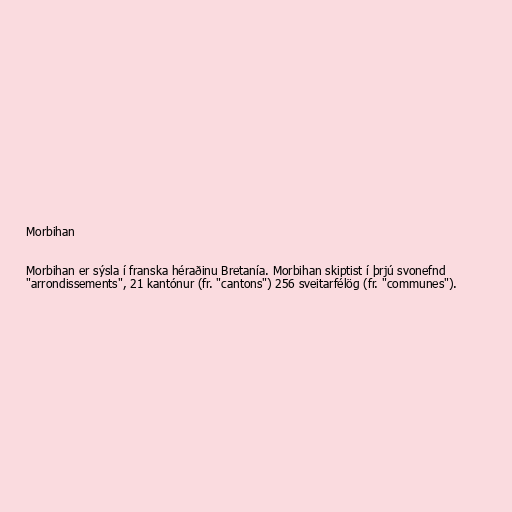
Morbihan

Morbihan er sýsla í franska héraðinu Bretanía. Morbihan skiptist í þrjú svonefnd
"arrondissements", 21 kantónur (fr. "cantons") 256 sveitarfélög (fr. "communes").